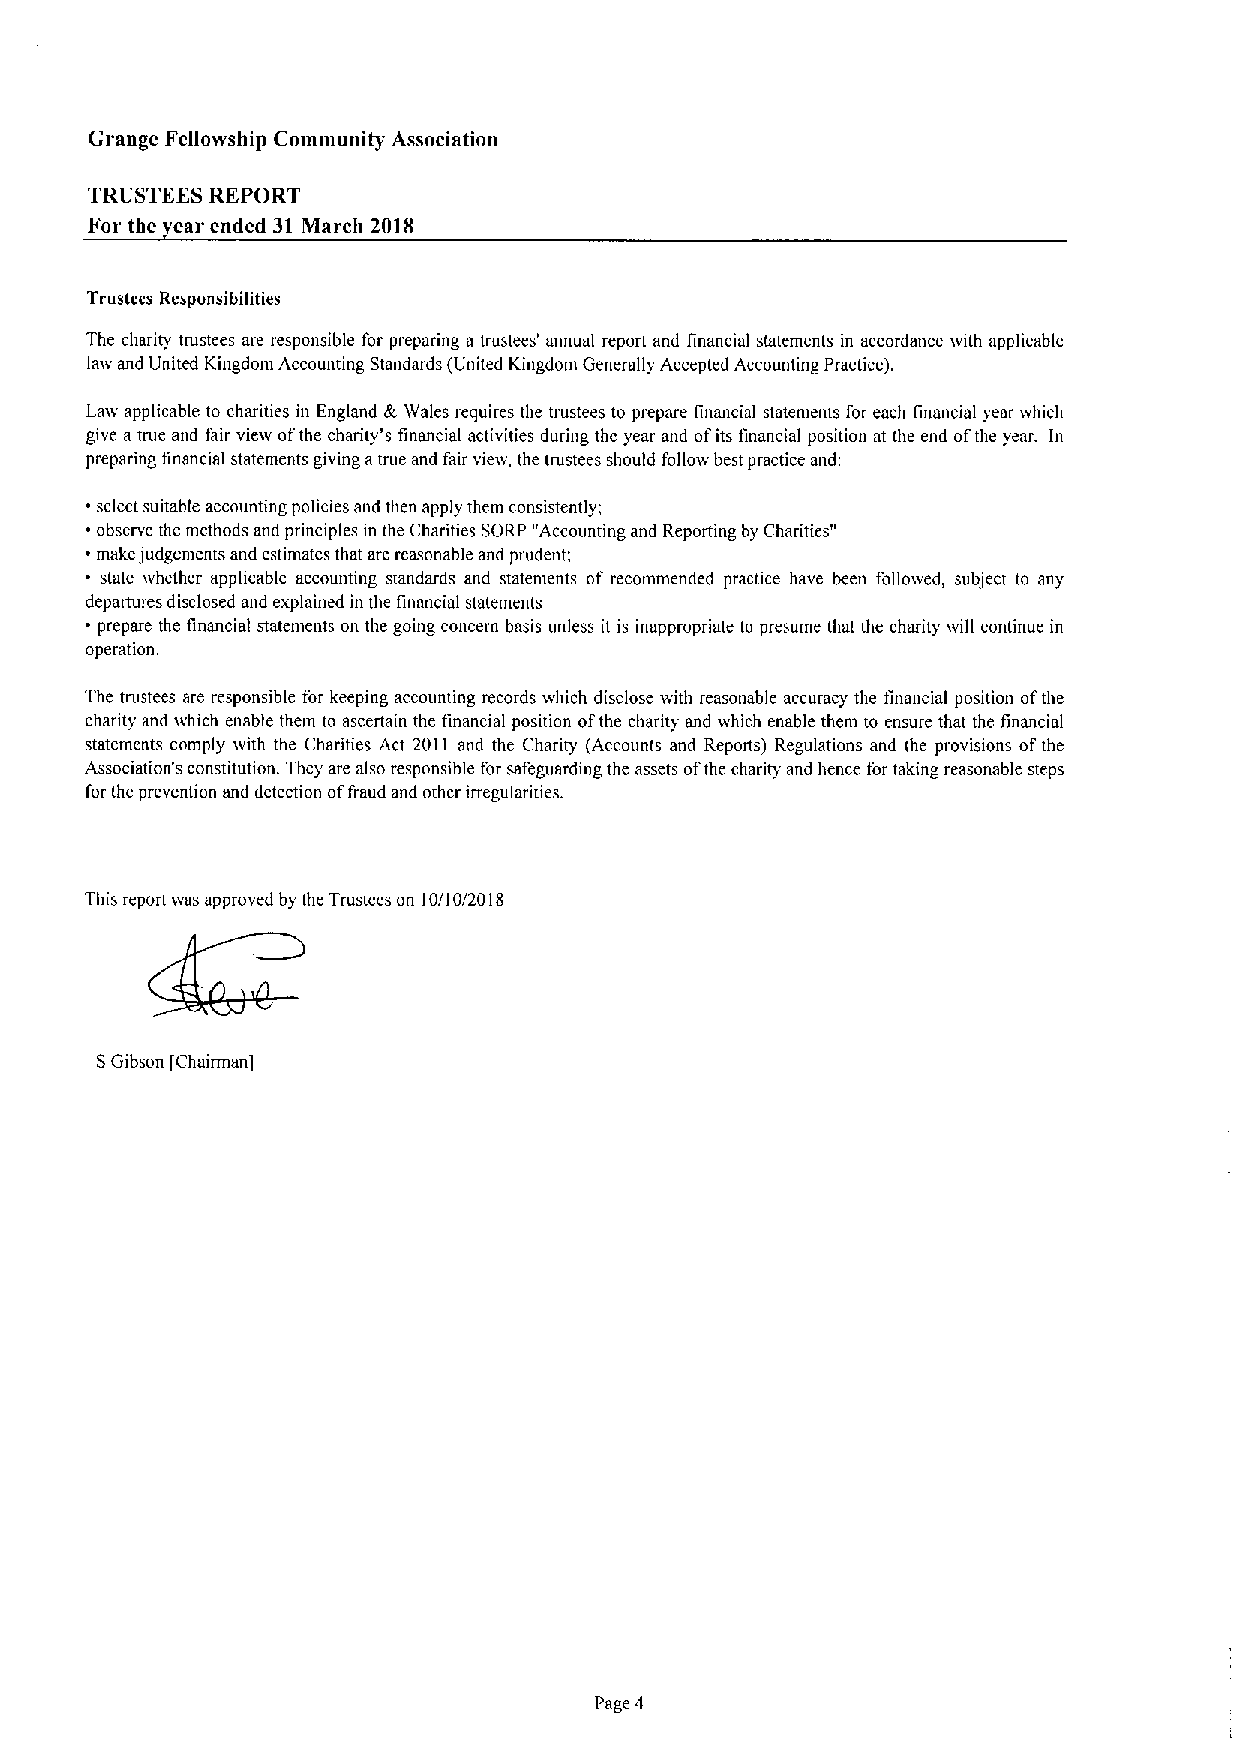
Grange Fellowship Community Association
 TRUSTEES REPORT
 For the ear ended 31March 201S
 Trustees Responsibilities
 The charity trustees are responsible for preparing a trustees' annual report and financial statements in accordmice with applicable
 law and United Kingdom Accounting Standards (United Kingdom Generally Accepted Accounting Practice).
 Law applicable to charities in England &Wales requires the trustees to prepare financial statenients for each financial year which
 give atrue and fair view ofthe charity's financial activities during thc year and ofits tinancial position at the end ofthe year. In
 preparing financial statements giving atrue and fair vieiv, the trustees should follow best practice and:
 select suitable accounting policies and then apply them consistently;
 observe the methods and principles in the Charities SORP "Accounting and Reporting by Charities"
 make judgements and estimates that are reasonable and prudent;
 state ivhether applicable accounting standards and statenients of recommended practice have been folloived, subject to any
 departures disclosed and explained in the finmicial statements
 ~ prepare the financial statements on the going concern basis unless it is inappropriate to presume that the charity will continue in
 operation.
 The trustees are responsible for keeping accounting records which disclose with reasonable accuracy the financial position ofthe
 charity and which enable them to ascertain the tinancial position ofthe charity and which enable them to ensure that the financial
 statements comply ivith the Charities Act 2011 and the Charity (Accounts and Reports) Regulations and the provisions ofthe
 Association's constitution. They are also responsible for safeguarding the assets ofthe charity and hence for taking reasonable steps
 for the prevention and detection offraud and other irregularities.
 This report was approved by the Trustees on 10/10/201g
 SGibson [Chairman]
 Page 4